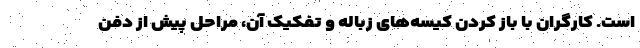
است. کارگران با باز کردن کیسه‌های زباله و تفکیک آن، مراحل پیش از دفن